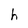
Character: h